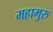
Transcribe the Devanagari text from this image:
महामुरु